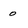
Character: 0